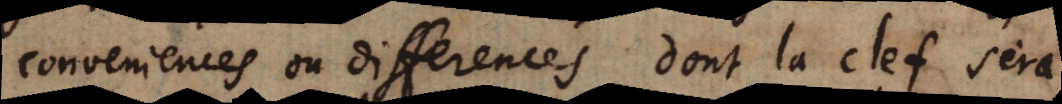
conveniences ou differences; dont la clef sera